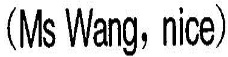
(Ms Wang, nice)